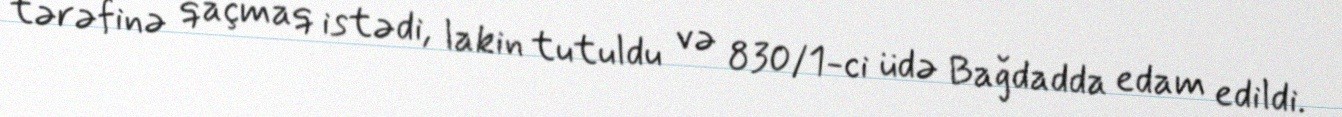
tərəfinə qaçmaq istədi, lakin tutuldu və 830/1-ci üdə Bağdadda edam edildi.